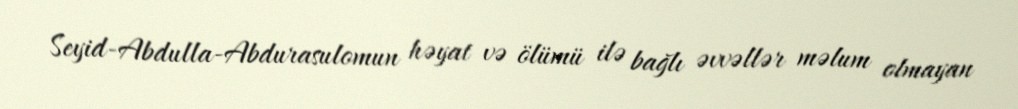
Seyid-Abdulla-Abdurasulomun həyat və ölümü ilə bağlı əvvəllər məlum olmayan